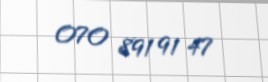
070 891 91 47